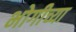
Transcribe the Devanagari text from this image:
भोगीच्या